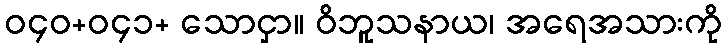
ဝ၄၀+ဝ၄၁+ သောငှာ။ ဝိဘူသနာယ၊ အရေအသားကို